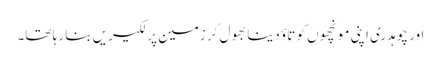
اور چوہدری اپنی مونچھوں کو تاؤ دینا بھول کر زمین پر لکیریں بنا رہا تھا۔